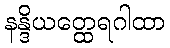
နန္ဒိယတ္ထေရဂါထာ